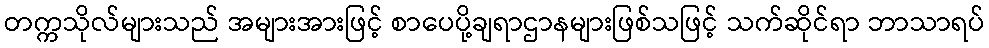
တက္ကသိုလ်များသည် အများအားဖြင့် စာပေပို့ချရာဌာနများဖြစ်သဖြင့် သက်ဆိုင်ရာ ဘာသာရပ်